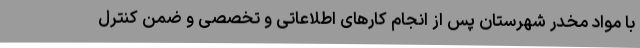
با مواد مخدر شهرستان پس از انجام کارهای اطلاعاتی و تخصصی و ضمن کنترل